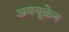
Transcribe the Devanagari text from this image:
अबयूक्रेन